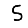
Digit: 5